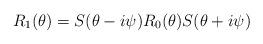
LaTeX: \begin{align*} R_1(\theta)=S(\theta -i\psi)R_0(\theta)S(\theta+i\psi)\end{align*}